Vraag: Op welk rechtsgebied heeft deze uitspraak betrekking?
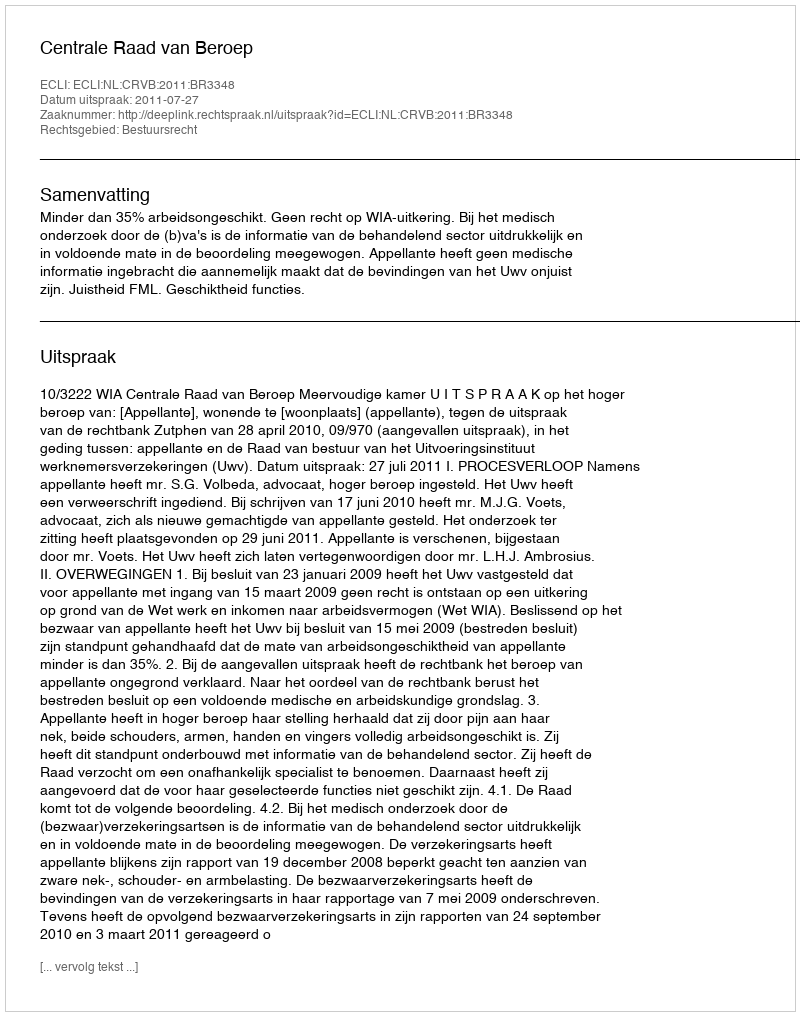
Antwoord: Bestuursrecht